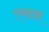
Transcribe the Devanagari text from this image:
एवान